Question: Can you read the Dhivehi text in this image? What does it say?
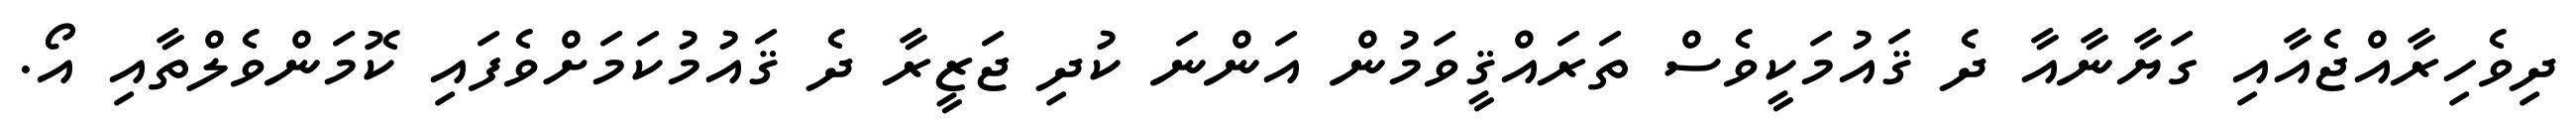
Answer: ދިވެހިރާއްޖެއާއި ގަޔާނާއާ ދެ ޤައުމަކީވެސް ތަރައްޤީވަމުން އަންނަ ކުދި ޖަޒީރާ ދެ ޤައުމުކަމަށްވެފައި ކޮމަންވެލްތާއި އޯ.